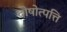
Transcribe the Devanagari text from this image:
दोषोत्पत्ति